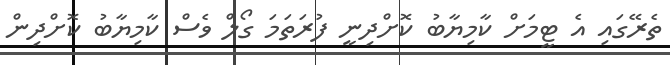
ތެރޭގައި އެ ޓީމަށް ކާމިޔާބު ކޮށްދިނީ ފުރަތަމަ ގޯލް ވެސް ކާމިޔާބު ކޮށްދިން